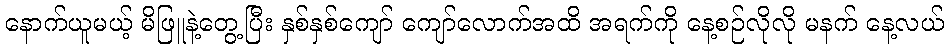
နောက်ယူမယ့် မိဖြူနဲ့တွေ့ပြီး နှစ်နှစ်ကျော် ကျော်လောက်အထိ အရက်ကို နေ့စဉ်လိုလို မနက် နေ့လယ်